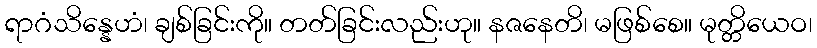
ရာဂံသိန္နေဟံ၊ ချစ်ခြင်းကို။ တတ်ခြင်းလည်းဟု။ နဇနေတိ၊ မဖြစ်စေ။ မုတ္တိယေဝ၊